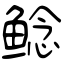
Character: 鲶